Bulletin of the Pasteur Institute of Southern India, Coonoor - No. 3.
Year: 1910
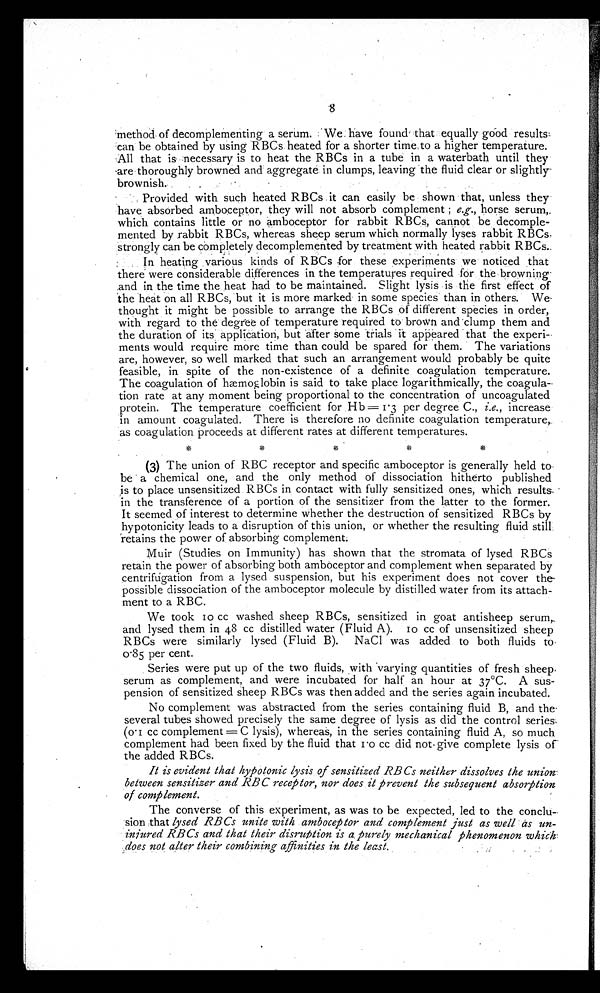
8
method of decomplementing a serum. We have found that equally good results
can be obtained by using RBCs heated for a shorter time to a higher temperature.
All that is necessary is to heat the RBCs in a tube in a waterbath until they
are thoroughly browned and aggregate in clumps, leaving the fluid clear or slightly
brownish.
Provided with such heated RBCs it can easily be shown that, unless they
have absorbed amboceptor, they will not absorb complement;e . g . ,
h o r s e s e r u m ,
which contains little or no amboceptor for rabbit RBCs, cannot be decomple-
mented by rabbit RBCs, whereas sheep serum which normally lyses rabbit RBCs
strongly can be completely decomplemented by treatment with heated rabbit RBCs.
In heating various kinds of RBCs for these experiments we noticed that
there were considerable differences in the temperatures required for the browning
and in the time the heat had to be maintained. Slight lysis is the first effect of
the heat on all RBCs, but it is more marked in some species than in others. We
thought it might be possible to arrange the RBCs of different species in order,
with regard to the degree of temperature required to brown and clump them and
the duration of its application, but after some trials it appeared that the experi--
ments would require more time than could be spared for them. The variations
are, however, so well marked that such an arrangement would probably be quite
feasible, in spite of the non-existence of a definite coagulation temperature.
The coagulation of hae moglobin is said to take place logarithmically, the coagula-
tion rate at any moment being proportional to the concentration of uncoagulated
protein. The temperature coefficient for Hb = 1·3 per degree C., i.e., increase
in amount coagulated. There is therefore no definite coagulation temperature,
as coagulation proceeds at different rates at different temperatures.
(3) The union of RBC receptor and specific amboceptor is generally held to
be a chemical one, and the only method of dissociation hitherto published
is to place unsensitized RBCs in contact with fully sensitized ones, which results
in the transference of a portion of the sensitizer from the latter to the former.
It seemed of interest to determine whether the destruction of sensitized RBCs by
hypotonicity leads to a disruption of this union, or whether the resulting fluid still.
retains the power of absorbing complement.
Muir (Studies on Immunity) has shown that the stromata of lysed RBCs
retain the power of absorbing both amboceptor and complement when separated by
centrifugation from a lysed suspension, but his experiment does not cover the
possible dissociation of the amboceptor molecule by distilled water from its attach-
ment to a RBC.
We took 10 cc washed sheep RBCs, sensitized in goat antisheep serum,
and lysed them in 48 cc distilled water (Fluid A). 10 cc of unsensitized sheep
RBCs were similarly lysed (Fluid B). NaCl was added to both fluids to
0·85 per cent.
Series were put up of the two fluids, with varying quantities of fresh sheep
serum as complement, and were incubated for half an hour at 37°C. A sus-
pension of sensitized sheep RBCs was then added and the series again incubated.
No complement was abstracted from the series containing fluid B, and the
several tubes showed precisely the same degree of lysis as did the control series,
(0·1 cc complement = C lysis), whereas, in the series containing fluid A, so much
complement had been fixed by the fluid that 1·0 cc did not give complete lysis
the added RBCs.
It is evident that hypotonic lysis of sensitized RBCs neither dissolves the union
between sensitizer and RBC receptor, nor does it prevent the subsequent absorption
of complement.
The converse of this experiment, as was to be expected, led to the conclu-
sion that lysed RBCs unite with amboceptor and complement just as well as un-
injured RBCs and that their disruption is a purely mechanical phenomenon which
does not alter their combining affinities in the least.